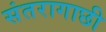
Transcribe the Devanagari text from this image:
संतरागाछी